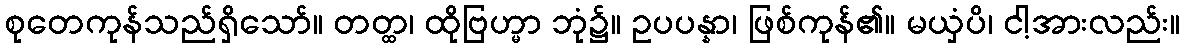
စုတေကုန်သည်ရှိသော်။ တတ္ထ၊ ထိုဗြဟ္မာ ဘုံ၌။ ဥပပန္နာ၊ ဖြစ်ကုန်၏။ မယှံပိ၊ ငါ့အားလည်း။